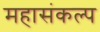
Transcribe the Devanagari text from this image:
महासंकल्प